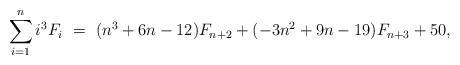
LaTeX: \begin{align*}\sum_{i=1}^n i^3 F_i \ = \ (n^3 + 6n - 12)F_{n+2} + (-3n^2 + 9n - 19)F_{n+3} + 50,\end{align*}